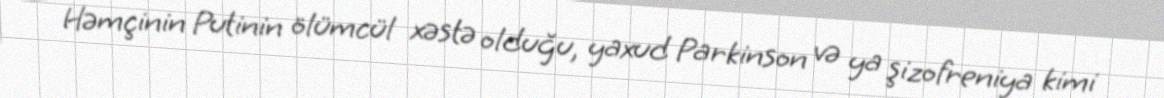
Həmçinin Putinin ölümcül xəstə olduğu, yaxud Parkinson və ya şizofreniya kimi